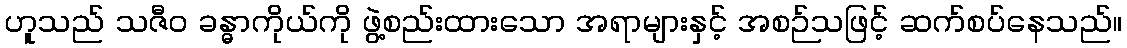
ဟူသည် သဇီဝ ခန္ဓာကိုယ်ကို ဖွဲ့စည်းထားသော အရာများနှင့် အစဉ်သဖြင့် ဆက်စပ်နေသည်။